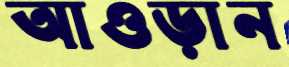
আওড়ান